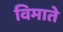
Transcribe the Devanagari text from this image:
विमाते